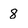
Character: 8